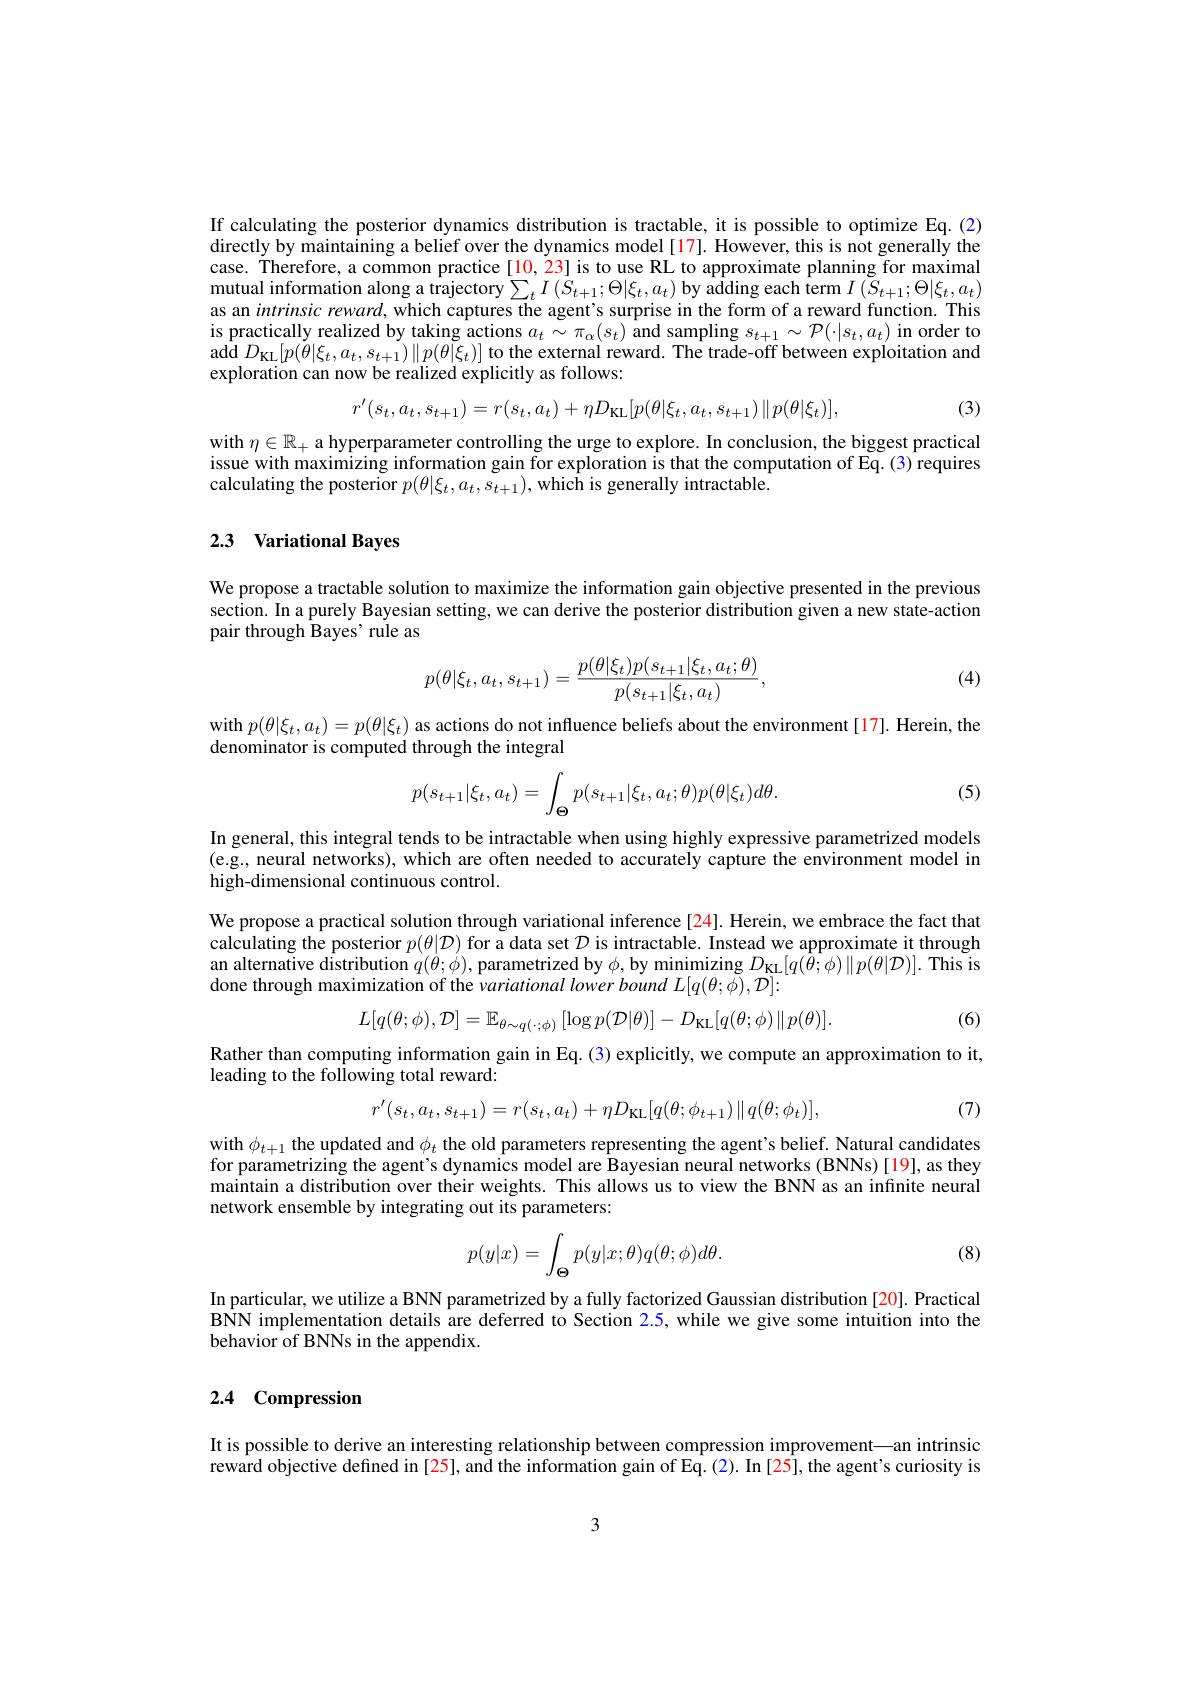
If calculating the posterior dynamics distribution is tractable, it is possible to optimize Eq.(2) directly by maintaining a belief over the dynamics model [17]. However, this is not generally the case. Therefore, a common practice[10, 23] is to use RL to approximate planning for maximal mutual information along a trajectory $\sum_{t}I\left(S_{t+1};\Theta|\xi_{t},a_{t}\right)$ by adding each term $I\left(\bar{S}_{t+1};\Theta|\xi_{t},a_{t}\right)$ as an intrinsic reward, which captures the agent's surprise in the form of a reward function. This is practically realized by taking actions $a_t\sim \pi _\alpha ( s_t) \hat{\text{and sampling }} s_{t+ 1}\sim \mathcal{P} ( \cdot | s_t, a_t)$ in order to $\begin{array}{c}{\mathrm{add}}D_{\mathrm{KL}}[p(\tilde{\theta}|\xi_{t},a_{t},s_{t+1})\|p(\tilde{\theta}|\xi_{t})]\end{array}$to the external reward. The trade-off between exploitation and exploration can now be realized explicitly as follows:
$$r'(s_t,a_t,s_{t+1})=r(s_t,a_t)+\eta D_{\mathrm{KL}}[p(\theta|\xi_t,a_t,s_{t+1})\|p(\theta|\xi_t)],$$
(3)

with $\eta\in\mathbb{R}_+$ a hyperparameter controlling the urge to explore. In conclusion, the biggest practical issue with maximizing information gain for exploration is that the computation of Eq. (3) requires calculating the posterior $p(\theta|\xi_{t},a_{t},\tilde{s_{t+1}})$, which is generally intractable.

## 2.3 Variational Bayes

We propose a tractable solution to maximize the information gain objective presented in the previous section. In a purely Bayesian setting, we can derive the posterior distribution given a new state-action pair through Bayes' rule as

(4)
$$p(\theta|\xi_t,a_t,s_{t+1})=\frac{p(\theta|\xi_t)p(s_{t+1}|\xi_t,a_t;\theta)}{p(s_{t+1}|\xi_t,a_t)},$$
$\begin{array}{l}\mathrm{with~}p(\theta|\xi_{t},a_{t})=p(\theta|\xi_{t})&\mathrm{as~actions~do~not~influence~beliefs~about~the~environment~[17].~Herein,~the}\end{array}$
denominator is computed through the integral

(5)
$$p(s_{t+1}|\xi_t,a_t)=\int_{\Theta}p(s_{t+1}|\xi_t,a_t;\theta)p(\theta|\xi_t)d\theta.$$
In general, this integral tends to be intractable when using highly expressive parametrized models (e.g., neural networks), which are often needed to accurately capture the environment model in high-dimensional continuous control.

We propose a practical solution through variational inference [24]. Herein, we embrace the fact that calculating the posterior $p(\theta|\mathcal{D})$ for a data set $\mathcal{D}$ is intractable. Instead we approximate it through an alternative distribution $q(\theta;\phi)$, parametrized by $\phi$,by minimizing $D_{\mathrm{KL}}[ q( \tilde{\theta } ; \phi ) \| p( \theta | \mathcal{D} ) ] .$ This is done through maximization of the variational lower bound $L[q(\theta;\tilde{\phi}),\mathcal{D}]:$
$$L[q(\theta;\phi),\mathcal{D}]=\mathbb{E}_{\theta\sim q(\cdot;\phi)}\left[\log p(\mathcal{D}|\theta)\right]-D_{\mathrm{KL}}[q(\theta;\phi)\|p(\theta)].$$
(6)

Rather than computing information gain in Eq. (3) explicitly, we compute an approximation to it,
leading to the following total reward:
$$r^{\prime}(s_{t},a_{t},s_{t+1})=r(s_{t},a_{t})+\eta D_{\mathrm{KL}}[q(\theta;\phi_{t+1})\|q(\theta;\phi_{t})],$$
(7)

with $\phi_{t+1}$ the updated and $\phi_t$ the old parameters representing the agent's belief. Natural candidates for parametrizing the agent's dynamics model are Bayesian neural networks (BNNs)[19], as they maintain a distribution over their weights. This allows us to view the BNN as an infinite neural network ensemble by integrating out its parameters:
$$\begin{aligned}p(y|x)=\int_{\Theta}p(y|x;\theta)q(\theta;\phi)d\theta.\end{aligned}$$
(8)

In particular, we utilize a BNN parametrized by a fully factorized Gaussian distribution [20]. Practical BNN implementation details are deferred to Section 2.5, while we give some intuition into the behavior of BNNs in the appendix.

## 2.4 Compression

It is possible to derive an interesting relationship between compression improvement—an intrinsic reward objective defined in [25], and the information gain of Eq.(2). In[25], the agent's curiosity is

3